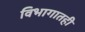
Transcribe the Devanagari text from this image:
विभागातही